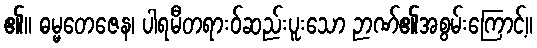
၏။ ဓမ္မတေဇေန၊ ပါရမီတရားဝ်ဆည်းပူးသော ဉာဏ်၏အစွမ်းကြောင့်။